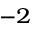
^ { - 2 }